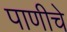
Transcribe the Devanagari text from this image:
पाणीचे